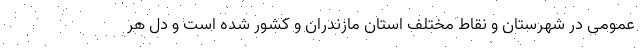
عمومی در شهرستان و نقاط مختلف استان مازندران و کشور شده است و دل هر